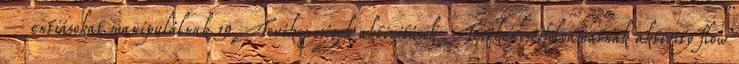
– entiásokat manipulálnak 19 Tevékenységek aktivitások Tevékenységfolyamatnak aktivity flow